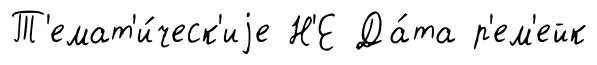
Т'емат'и́ческ'иjе Н'Е Да́та р'ем'ейк